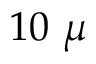
1 0 ~ \mu